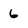
Character: 6